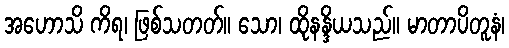
အဟောသိ ကိရ၊ ဖြစ်သတတ်။ သော၊ ထိုနန္ဒိယသည်။ မာတာပိတူနံ၊